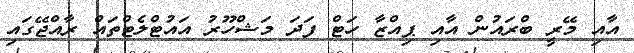
އާއި މޭރީ ބްރައުން އާއި ޕިއްޒާ ހަޓް ފަދަ މަޝްހޫރު އައުޓްލެޓްތައް ރާއްޖޭގައި